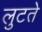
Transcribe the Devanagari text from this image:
लुटते